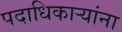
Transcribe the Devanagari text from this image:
पदाधिकाऱ्यांना